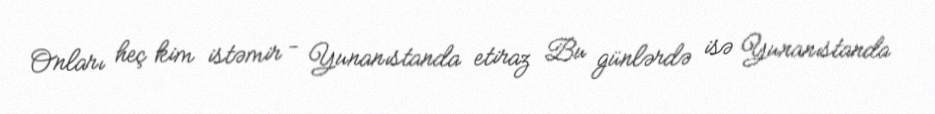
Onları heç kim istəmir - Yunanıstanda etiraz Bu günlərdə isə Yunanıstanda